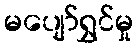
မပျော်ရွှင်မှု